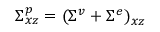
\Sigma _ { x z } ^ { p } = ( \Sigma ^ { v } + \Sigma ^ { e } ) _ { x z }